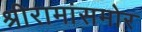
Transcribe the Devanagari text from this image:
श्रीरामांसमोर